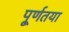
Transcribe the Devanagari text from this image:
पू्र्णतया